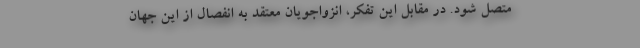
متصل شود. در مقابل این تفکر، انزواجویان معتقد به انفصال از این جهان